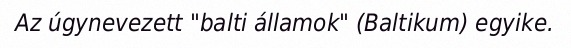
Az úgynevezett "balti államok" (Baltikum) egyike.